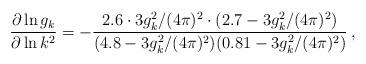
LaTeX: \begin{align*}\frac{\partial \ln g_k}{\partial \ln k^2} = - \frac{2.6 \cdot 3g^2_k/(4\pi)^2 \cdot (2.7 - 3 g^2_k/(4\pi)^2)}{(4.8 - 3 g^2_k/(4\pi)^2)(0.81 - 3g^2_k/(4\pi)^2)} \:, \end{align*}